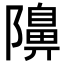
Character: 𮥭